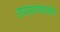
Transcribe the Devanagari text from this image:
तपासण्यापर्यंत